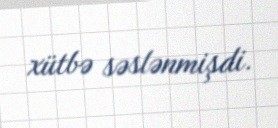
xütbə səslənmişdi.